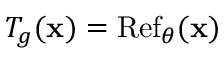
T _ { g } ( \mathbf { x } ) = \operatorname { R e f } _ { \theta } ( \mathbf { x } )